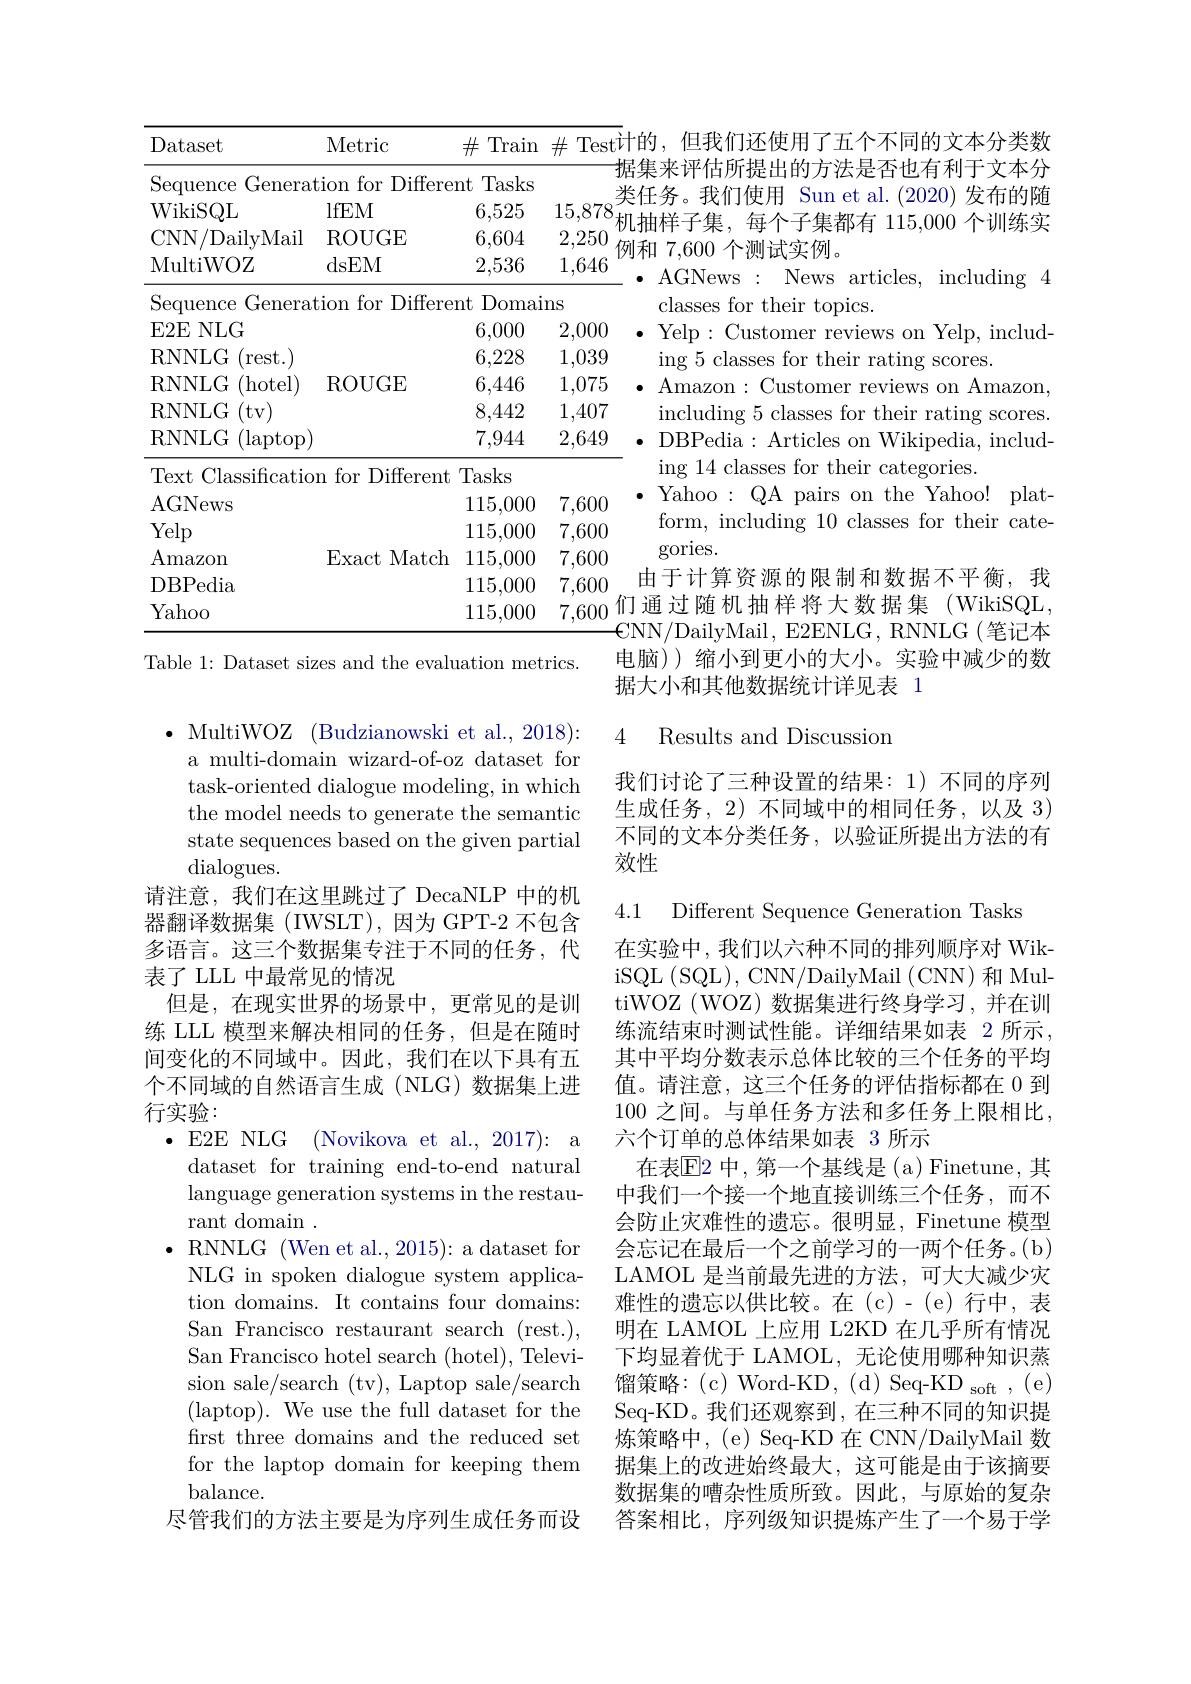
$\#$ Test计的，但我们还使用了五个不同的文本分类数$\begin{array}{l}{15,878}^{\text{实任务。我们便用 Sun et al.(2020) 友布的随}}\\{2,250}^{8}\end{array}$机抽样子集，每个子集都有 115,000 个训练实
<table>
	<tbody>
		<tr>
			<th>Dataset</th>
			<th>Metric</th>
			<th>$\#$Train</th>
			<th>$\#$Test$\dot{\nu}$</th>
		</tr>
		<tr>
			<td>Sequence Genera</td>
			<td>tion for Differe</td>
			<td>Tasks mt</td>
			<td>1</td>
		</tr>
		<tr>
			<td>WikiSQL</td>
			<td>lfEM</td>
			<td>6,525</td>
			<td>15,878</td>
		</tr>
		<tr>
			<td>$CNN$ /DailyMail</td>
			<td>$\operatorname{ROUGE}$</td>
			<td>6,604</td>
			<td>2,250</td>
		</tr>
		<tr>
			<td>MultiWOZ</td>
			<td>dsEM</td>
			<td>2,536</td>
			<td>1,646</td>
		</tr>
		<tr>
			<td>Sequence Genera</td>
			<td>tion for Differe</td>
			<td>Domai mt</td>
			<td>nS</td>
		</tr>
		<tr>
			<td>$E2E$ NLG </td>
			<td> </td>
			<td>6,000</td>
			<td>2,000</td>
		</tr>
		<tr>
			<td>RNNLG rest. </td>
			<td> </td>
			<td>6,228</td>
			<td>1,039</td>
		</tr>
		<tr>
			<td>RNNLG (hotel)</td>
			<td>$\operatorname{ROUGE}$</td>
			<td>6,446</td>
			<td>1,075</td>
		</tr>
		<tr>
			<td>RNNLG $^{\prime }$tv</td>
			<td> </td>
			<td>8,442</td>
			<td>1,407</td>
		</tr>
		<tr>
			<td>RNNLG $(\operatorname{laptop}$</td>
			<td> </td>
			<td>7,944</td>
			<td>2,649</td>
		</tr>
		<tr>
			<td>Text Classificatic</td>
			<td>for Different ) m</td>
			<td>Tasks</td>
			<td> </td>
		</tr>
		<tr>
			<td>AGNews</td>
			<td> </td>
			<td>115,000</td>
			<td>7,600</td>
		</tr>
		<tr>
			<td>Yelp</td>
			<td> </td>
			<td>115,000</td>
			<td>7,600</td>
		</tr>
		<tr>
			<td>$\operatorname{Amazon}$</td>
			<td>$\operatorname{Exact}$ Match</td>
			<td>115,000</td>
			<td>7,600</td>
		</tr>
		<tr>
			<td>DBPedia</td>
			<td> </td>
			<td>115,000</td>
			<td>7,600</td>
		</tr>
		<tr>
			<td>Yahoo</td>
			<td> </td>
			<td>115,000</td>
			<td>7,600</td>
		</tr>
	</tbody>
</table>
7,600们通过随机抽样将大数据集(WikiSQL,
Table 1: Dataset sizes and the evaluation metrics.

4 Results and Discussion

$\bullet$ MultiWOZ (Budzianowski et al., 2018): a multi-domain wizard-of-oz dataset for task-oriented dialogue modeling, in which the model needs to generate the semantic state sequences based on the given partial dialogues.
请注意，我们在这里跳过了 DecaNLP 中的机器翻译数据集 (IWSLT),因为 GPT-2 不包含多语言。这三个数据集专注于不同的任务，代表了 LLL 中最常见的情况
但是，在现实世界的场景中，更常见的是训练 LLL 模型来解决相同的任务，但是在随时间变化的不同域中。因此，我们在以下具有五个不同域的自然语言生成(NLG)数据集上进行实验：
$\bullet$E2E NLG (Novikova et al.,2017): a
dataset for training end-to-end natural language generation systems in the restaurant domain .
$\bullet$RNNLG (Wen et al., 2015): a dataset for NLG in spoken dialogue system application domains. It contains four domains: San Francisco restaurant search (rest.), San Francisco hotel search (hotel), Television sale/search (tv), Laptop sale/search (laptop). We use the full dataset for the first three domains and the reduced set for the laptop domain for keeping them balance.
尽管我们的方法主要是为序列生成任务而设

据集来评估所提出的方法是否也有利于文本分类任务。我们使用 Sun et al.(2020)发布的随$\bullet$ AGNews: Newsarticles, including4
classes for their topics.
0 $\bullet$Yelp:Customer reviews on Yelp,includ-
ing 5 classes for their rating scores.
$\bullet$ Amazon:Customer reviews on Amazon,
including 5 classes for their rating scores. $\bullet$ DBPedia: Articles on Wikipedia, includ-
ing 14 classes for their categories.
$\bullet$ Yahoo:QA pairs on the Yahoo! plat-
form, including 10 classes for their cate-
gories.
由于计算资源的限制和数据不平衡，我${\mathbf{\epsilon}}$NN/DailyMail, E2ENLG, RNNLG(笔记本电脑))缩小到更小的大小。实验中减少的数据大小和其他数据统计详见表 1

我们讨论了三种设置的结果：1)不同的序列生成任务，2) 不同域中的相同任务，以及 3) 不同的文本分类任务，以验证所提出方法的有效性

4.1 Different Sequence Generation Tasks
在实验中，我们以六种不同的排列顺序对 WikiSQL (SQL), CNN/DailyMail (CNN) 和 MultiWOZ (WOZ) 数据集进行终身学习，并在训练流结束时测试性能。详细结果如表 2 所示， 其中平均分数表示总体比较的三个任务的平均值。请注意，这三个任务的评估指标都在 0 到100 之间。与单任务方法和多任务上限相比， 六个订单的总体结果如表 3 所示
在表$\overline{\mathrm{E}}$2 中，第一个基线是(a) Finetune,其中我们一个接一个地直接训练三个任务，而不会防止灾难性的遗忘。很明显，Finetune 模型会忘记在最后一个之前学习的一两个任务。(b) LAMOL 是当前最先进的方法，可大大减少灾难性的遗忘以供比较。在(c)-(e)行中，表明在 LAMOL 上应用 L2KD 在几乎所有情况下均显着优于 LAMOL, 无论使用哪种知识蒸馏策略：(c)Word-KD,(d)Seq-KD_{soft$, ( e)$ Seq-KD。我们还观察到，在三种不同的知识提炼策略中，(e) Seq-KD 在 CNN/DailyMail 数据集上的改进始终最大，这可能是由于该摘要数据集的嘈杂性质所致。因此，与原始的复杂答案相比，序列级知识提炼产生了一个易于学